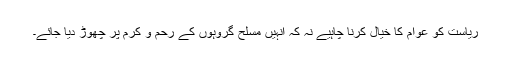
ریاست کو عوام کا خیال کرنا چاہیے نہ کہ انہیں مسلح گروہوں کے رحم و کرم پر چھوڑ دیا جائے۔